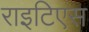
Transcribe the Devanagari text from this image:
राइटिएस